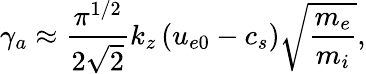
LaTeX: \gamma_{a}\approx\frac{\pi^{1/2}}{2\sqrt{2}}k_{z}\left(u_{e0}-c_{s}\right)\sqrt{\frac{m_{e}}{m_{i}}},